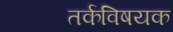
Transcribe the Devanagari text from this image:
तर्कविषयक